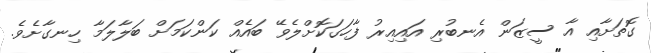
ގޮތަށާއި އާ ސީޒަން އެނބުރި އައިއިރު ފާހަގަކޮށްލެވޭ ބައެއް ކަންކަމަށް ބަލާލަމާ ހިނގާށެވެ.